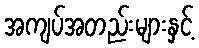
အကျပ်အတည်းများနှင့်